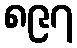
၈၉၇